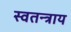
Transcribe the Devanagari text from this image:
स्वतन्त्राय